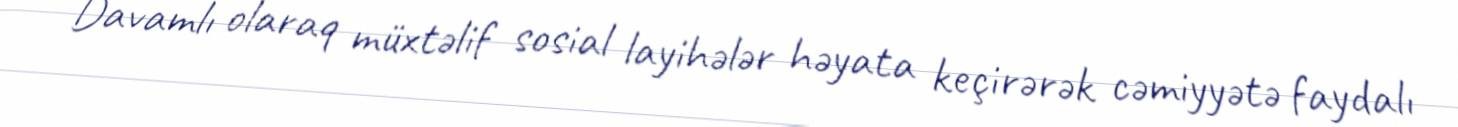
Davamlı olaraq müxtəlif sosial layihələr həyata keçirərək cəmiyyətə faydalı